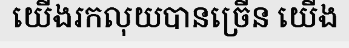
យើងរកលុយបានច្រើន យើង